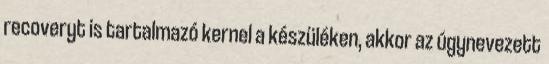
recoveryt is tartalmazó kernel a készüléken, akkor az úgynevezett